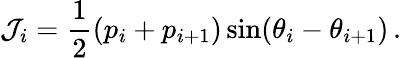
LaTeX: \mathcal{J}_{i}=\frac{{1}}{{2}}(p_{i}+p_{i+1})\sin(\theta_{i}-\theta_{i+1})\, .